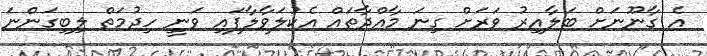
އެ ގާނޫނަށް ބަލާއިރު ވަރަށް ގިނަ މާއްދާތައް އެކުލަވާލާފައި ވަނީ ހިދުމަތް ލިބިގަންނަ